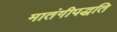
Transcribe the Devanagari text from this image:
मातंगीपद्धति